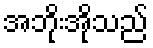
အဘိုးအိုသည်